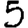
Digit: 5